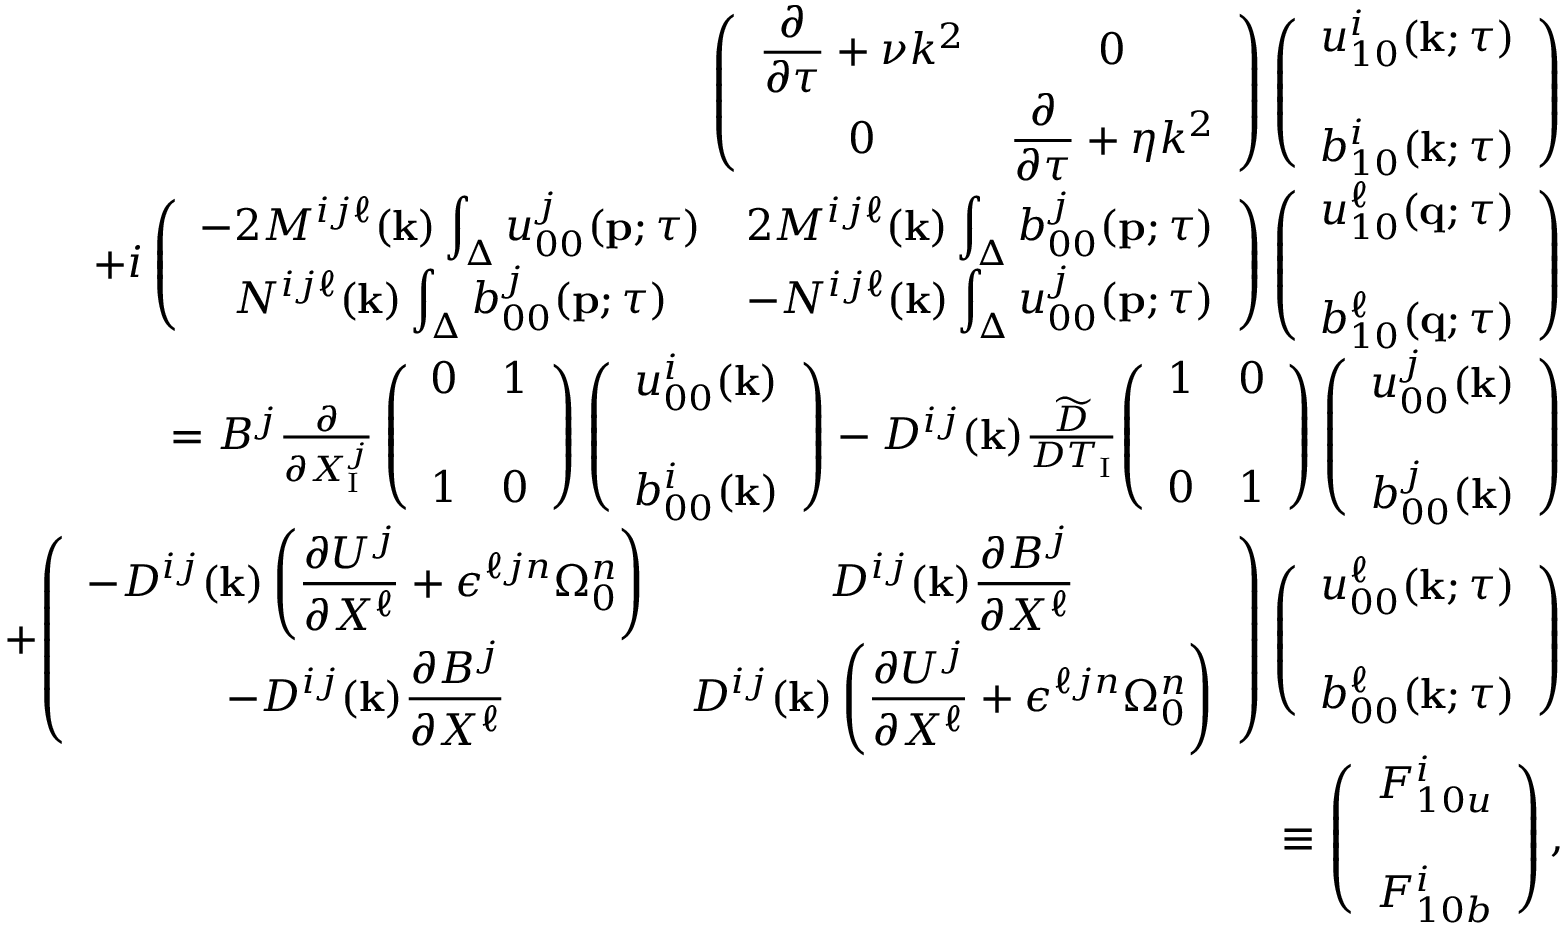
\begin{array} { r l r } & { } & { { \everymath { \displaystyle } \left( { \begin{array} { c c } { \frac { \partial } { \partial \tau } + \nu k ^ { 2 } } & { 0 } \\ { 0 } & { \frac { \partial } { \partial \tau } + \eta k ^ { 2 } } \end{array} } \right) } \left( { \begin{array} { c c } { u _ { 1 0 } ^ { i } ( { \bf { k } } ; \tau ) } \\ { b _ { 1 0 } ^ { i } ( { \bf { k } } ; \tau ) \rule { 0 ex } { 5 ex } } \end{array} } \right) } \\ & { } & { { \everymath { \displaystyle } + i \left( { \begin{array} { c c } { - 2 M ^ { i j \ell } ( { \bf { k } } ) \int _ { \Delta } u _ { 0 0 } ^ { j } ( { \bf { p } } ; \tau ) } & { 2 M ^ { i j \ell } ( { \bf { k } } ) \int _ { \Delta } b _ { 0 0 } ^ { j } ( { \bf { p } } ; \tau ) } \\ { N ^ { i j \ell } ( { \bf { k } } ) \int _ { \Delta } b _ { 0 0 } ^ { j } ( { \bf { p } } ; \tau ) } & { - N ^ { i j \ell } ( { \bf { k } } ) \int _ { \Delta } u _ { 0 0 } ^ { j } ( { \bf { p } } ; \tau ) } \end{array} } \right) \left( { \begin{array} { c } { u _ { 1 0 } ^ { \ell } ( { \bf { q } } ; \tau ) } \\ { b _ { 1 0 } ^ { \ell } ( { \bf { q } } ; \tau ) \rule { 0 ex } { 5 ex } } \end{array} } \right) } } \\ & { } & { = { \everymath { \displaystyle } B ^ { j } \frac { \partial } { \partial X _ { \mathrm { { I } } } ^ { j } } \left( { \begin{array} { c c } { 0 } & { 1 } \\ { 1 } & { 0 \rule { 0 ex } { 5 ex } } \end{array} } \right) \left( { \begin{array} { c } { u _ { 0 0 } ^ { i } ( { \bf { k } } ) } \\ { b _ { 0 0 } ^ { i } ( { \bf { k } } ) \rule { 0 ex } { 5 ex } } \end{array} } \right) } - D ^ { i j } ( { \bf { k } } ) \frac { \widetilde { D } } { D T _ { \mathrm { I } } } { \everymath { \displaystyle } \left( { \begin{array} { c c } { 1 } & { 0 } \\ { 0 } & { 1 \rule { 0 ex } { 5 ex } } \end{array} } \right) \left( { \begin{array} { c } { u _ { 0 0 } ^ { j } ( { \bf { k } } ) } \\ { b _ { 0 0 } ^ { j } ( { \bf { k } } ) \rule { 0 ex } { 5 ex } } \end{array} } \right) } } \\ & { } & { + { \everymath { \displaystyle } \left( { \begin{array} { c c } { - D ^ { i j } ( { \bf { k } } ) \left( { \frac { \partial U ^ { j } } { \partial X ^ { \ell } } + \epsilon ^ { \ell j n } \Omega _ { 0 } ^ { n } } \right) } & { D ^ { i j } ( { \bf { k } } ) \frac { \partial B ^ { j } } { \partial X ^ { \ell } } } \\ { - D ^ { i j } ( { \bf { k } } ) \frac { \partial B ^ { j } } { \partial X ^ { \ell } } } & { D ^ { i j } ( { \bf { k } } ) \left( { \frac { \partial U ^ { j } } { \partial X ^ { \ell } } + \epsilon ^ { \ell j n } \Omega _ { 0 } ^ { n } } \right) } \end{array} } \right) \left( { \begin{array} { c } { u _ { 0 0 } ^ { \ell } ( { \bf { k } } ; \tau ) } \\ { b _ { 0 0 } ^ { \ell } ( { \bf { k } } ; \tau ) \rule { 0 ex } { 5 ex } } \end{array} } \right) } } \\ & { } & { \equiv \left( { \begin{array} { c } { F _ { 1 0 u } ^ { i } } \\ { F _ { 1 0 b } ^ { i } \rule { 0 ex } { 5 ex } } \end{array} } \right) , } \end{array}